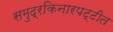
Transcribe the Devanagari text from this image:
समुद्रकिनारपट्टीत